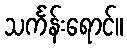
သင်္ကန်းရောင်။